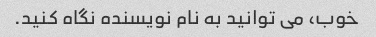
خوب، می توانید به نام نویسنده نگاه کنید.